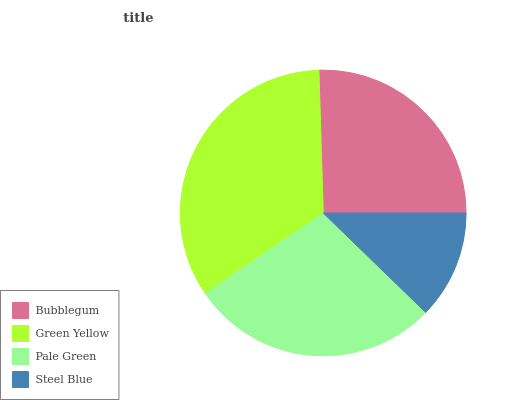
| Bubblegum | Green Yellow | Pale Green | Steel Blue |
 | --- | --- | --- | --- |
 | 25.5% | 34.1% | 28.2% | 12.3% |